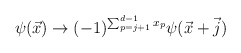
\begin{align*}\psi(\vec{x})\rightarrow (-1)^{\sum_{p=j+1}^{d-1}x_p}\psi(\vec{x}+\vec{j})\end{align*}